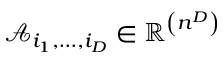
\mathcal { A } _ { i _ { 1 } , \ldots , i _ { D } } \in \mathbb { R } ^ { \left( n ^ { D } \right) }